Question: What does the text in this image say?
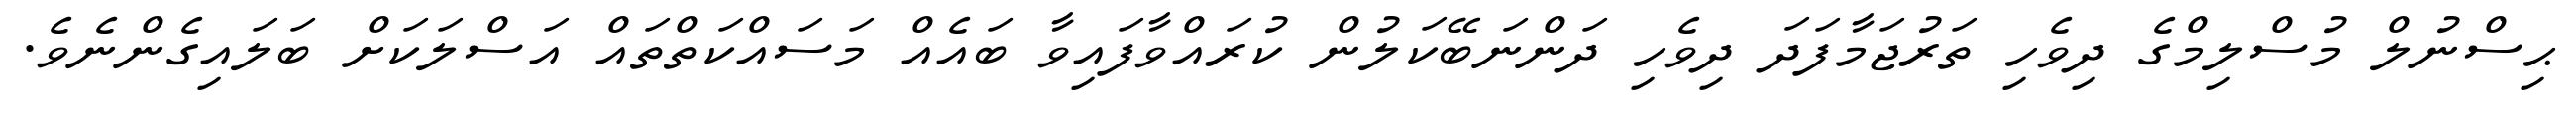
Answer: ޙިސްނުލް މުސްލިމްގެ ދިވެހި ތަރުޖަމާފަދަ ދިވެހި ދަންނަބޭކަލުން ކުރައްވާފައިވާ ބައެއް މަސައްކަތްތައް އަސްލަކަށް ބަލައިގެންނެވެ.